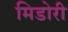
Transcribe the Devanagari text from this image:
मिडोरी